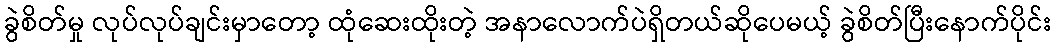
ခွဲစိတ်မှု လုပ်လုပ်ချင်းမှာတော့ ထုံဆေးထိုးတဲ့ အနာလောက်ပဲရှိတယ်ဆိုပေမယ့် ခွဲစိတ်ပြီးနောက်ပိုင်း